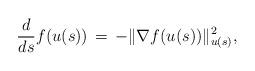
LaTeX: \begin{align*}\frac{d}{ds} f(u(s)) \,=\, - \| \nabla f(u(s)) \|_{u(s)}^2,\end{align*}